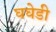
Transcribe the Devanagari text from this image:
घघेडी